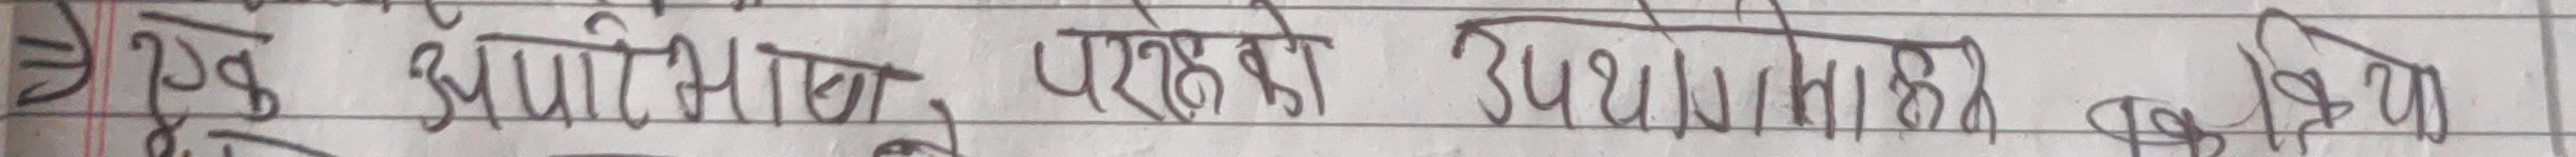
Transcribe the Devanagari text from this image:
ये भ्याप्राप्त पड़को उपयोगिता विमा